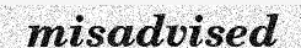
misadvised